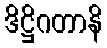
ဒိဋ္ဌိဂတာနိ